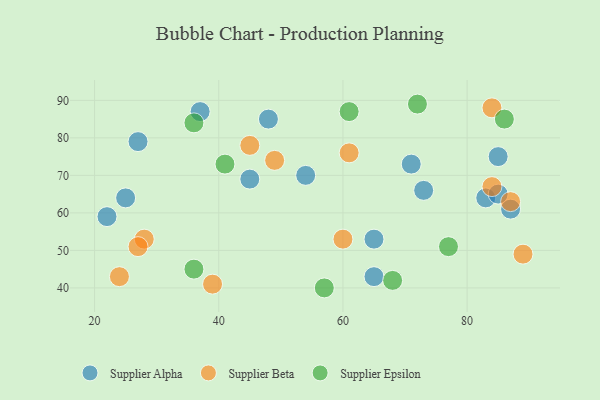
{"axis": {"x": "GDP", "y": "Life Expectancy"}, "legend": ["Supplier Alpha", "Supplier Beta", "Supplier Epsilon"], "data": [{"x": "45", "y": 69, "type": "Supplier Alpha"}, {"x": "83", "y": 64, "type": "Supplier Alpha"}, {"x": "71", "y": 73, "type": "Supplier Alpha"}, {"x": "87", "y": 61, "type": "Supplier Alpha"}, {"x": "54", "y": 70, "type": "Supplier Alpha"}, {"x": "25", "y": 64, "type": "Supplier Alpha"}, {"x": "65", "y": 53, "type": "Supplier Alpha"}, {"x": "85", "y": 65, "type": "Supplier Alpha"}, {"x": "27", "y": 79, "type": "Supplier Alpha"}, {"x": "22", "y": 59, "type": "Supplier Alpha"}, {"x": "73", "y": 66, "type": "Supplier Alpha"}, {"x": "65", "y": 43, "type": "Supplier Alpha"}, {"x": "37", "y": 87, "type": "Supplier Alpha"}, {"x": "85", "y": 75, "type": "Supplier Alpha"}, {"x": "48", "y": 85, "type": "Supplier Alpha"}, {"x": "61", "y": 76, "type": "Supplier Beta"}, {"x": "39", "y": 41, "type": "Supplier Beta"}, {"x": "45", "y": 78, "type": "Supplier Beta"}, {"x": "89", "y": 49, "type": "Supplier Beta"}, {"x": "84", "y": 88, "type": "Supplier Beta"}, {"x": "87", "y": 63, "type": "Supplier Beta"}, {"x": "28", "y": 53, "type": "Supplier Beta"}, {"x": "27", "y": 51, "type": "Supplier Beta"}, {"x": "84", "y": 67, "type": "Supplier Beta"}, {"x": "24", "y": 43, "type": "Supplier Beta"}, {"x": "49", "y": 74, "type": "Supplier Beta"}, {"x": "60", "y": 53, "type": "Supplier Beta"}, {"x": "86", "y": 85, "type": "Supplier Epsilon"}, {"x": "57", "y": 40, "type": "Supplier Epsilon"}, {"x": "77", "y": 51, "type": "Supplier Epsilon"}, {"x": "36", "y": 45, "type": "Supplier Epsilon"}, {"x": "41", "y": 73, "type": "Supplier Epsilon"}, {"x": "72", "y": 89, "type": "Supplier Epsilon"}, {"x": "68", "y": 42, "type": "Supplier Epsilon"}, {"x": "36", "y": 84, "type": "Supplier Epsilon"}, {"x": "61", "y": 87, "type": "Supplier Epsilon"}]}